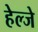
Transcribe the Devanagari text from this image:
हेल्जे